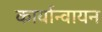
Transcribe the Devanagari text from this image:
कार्यान्वायन